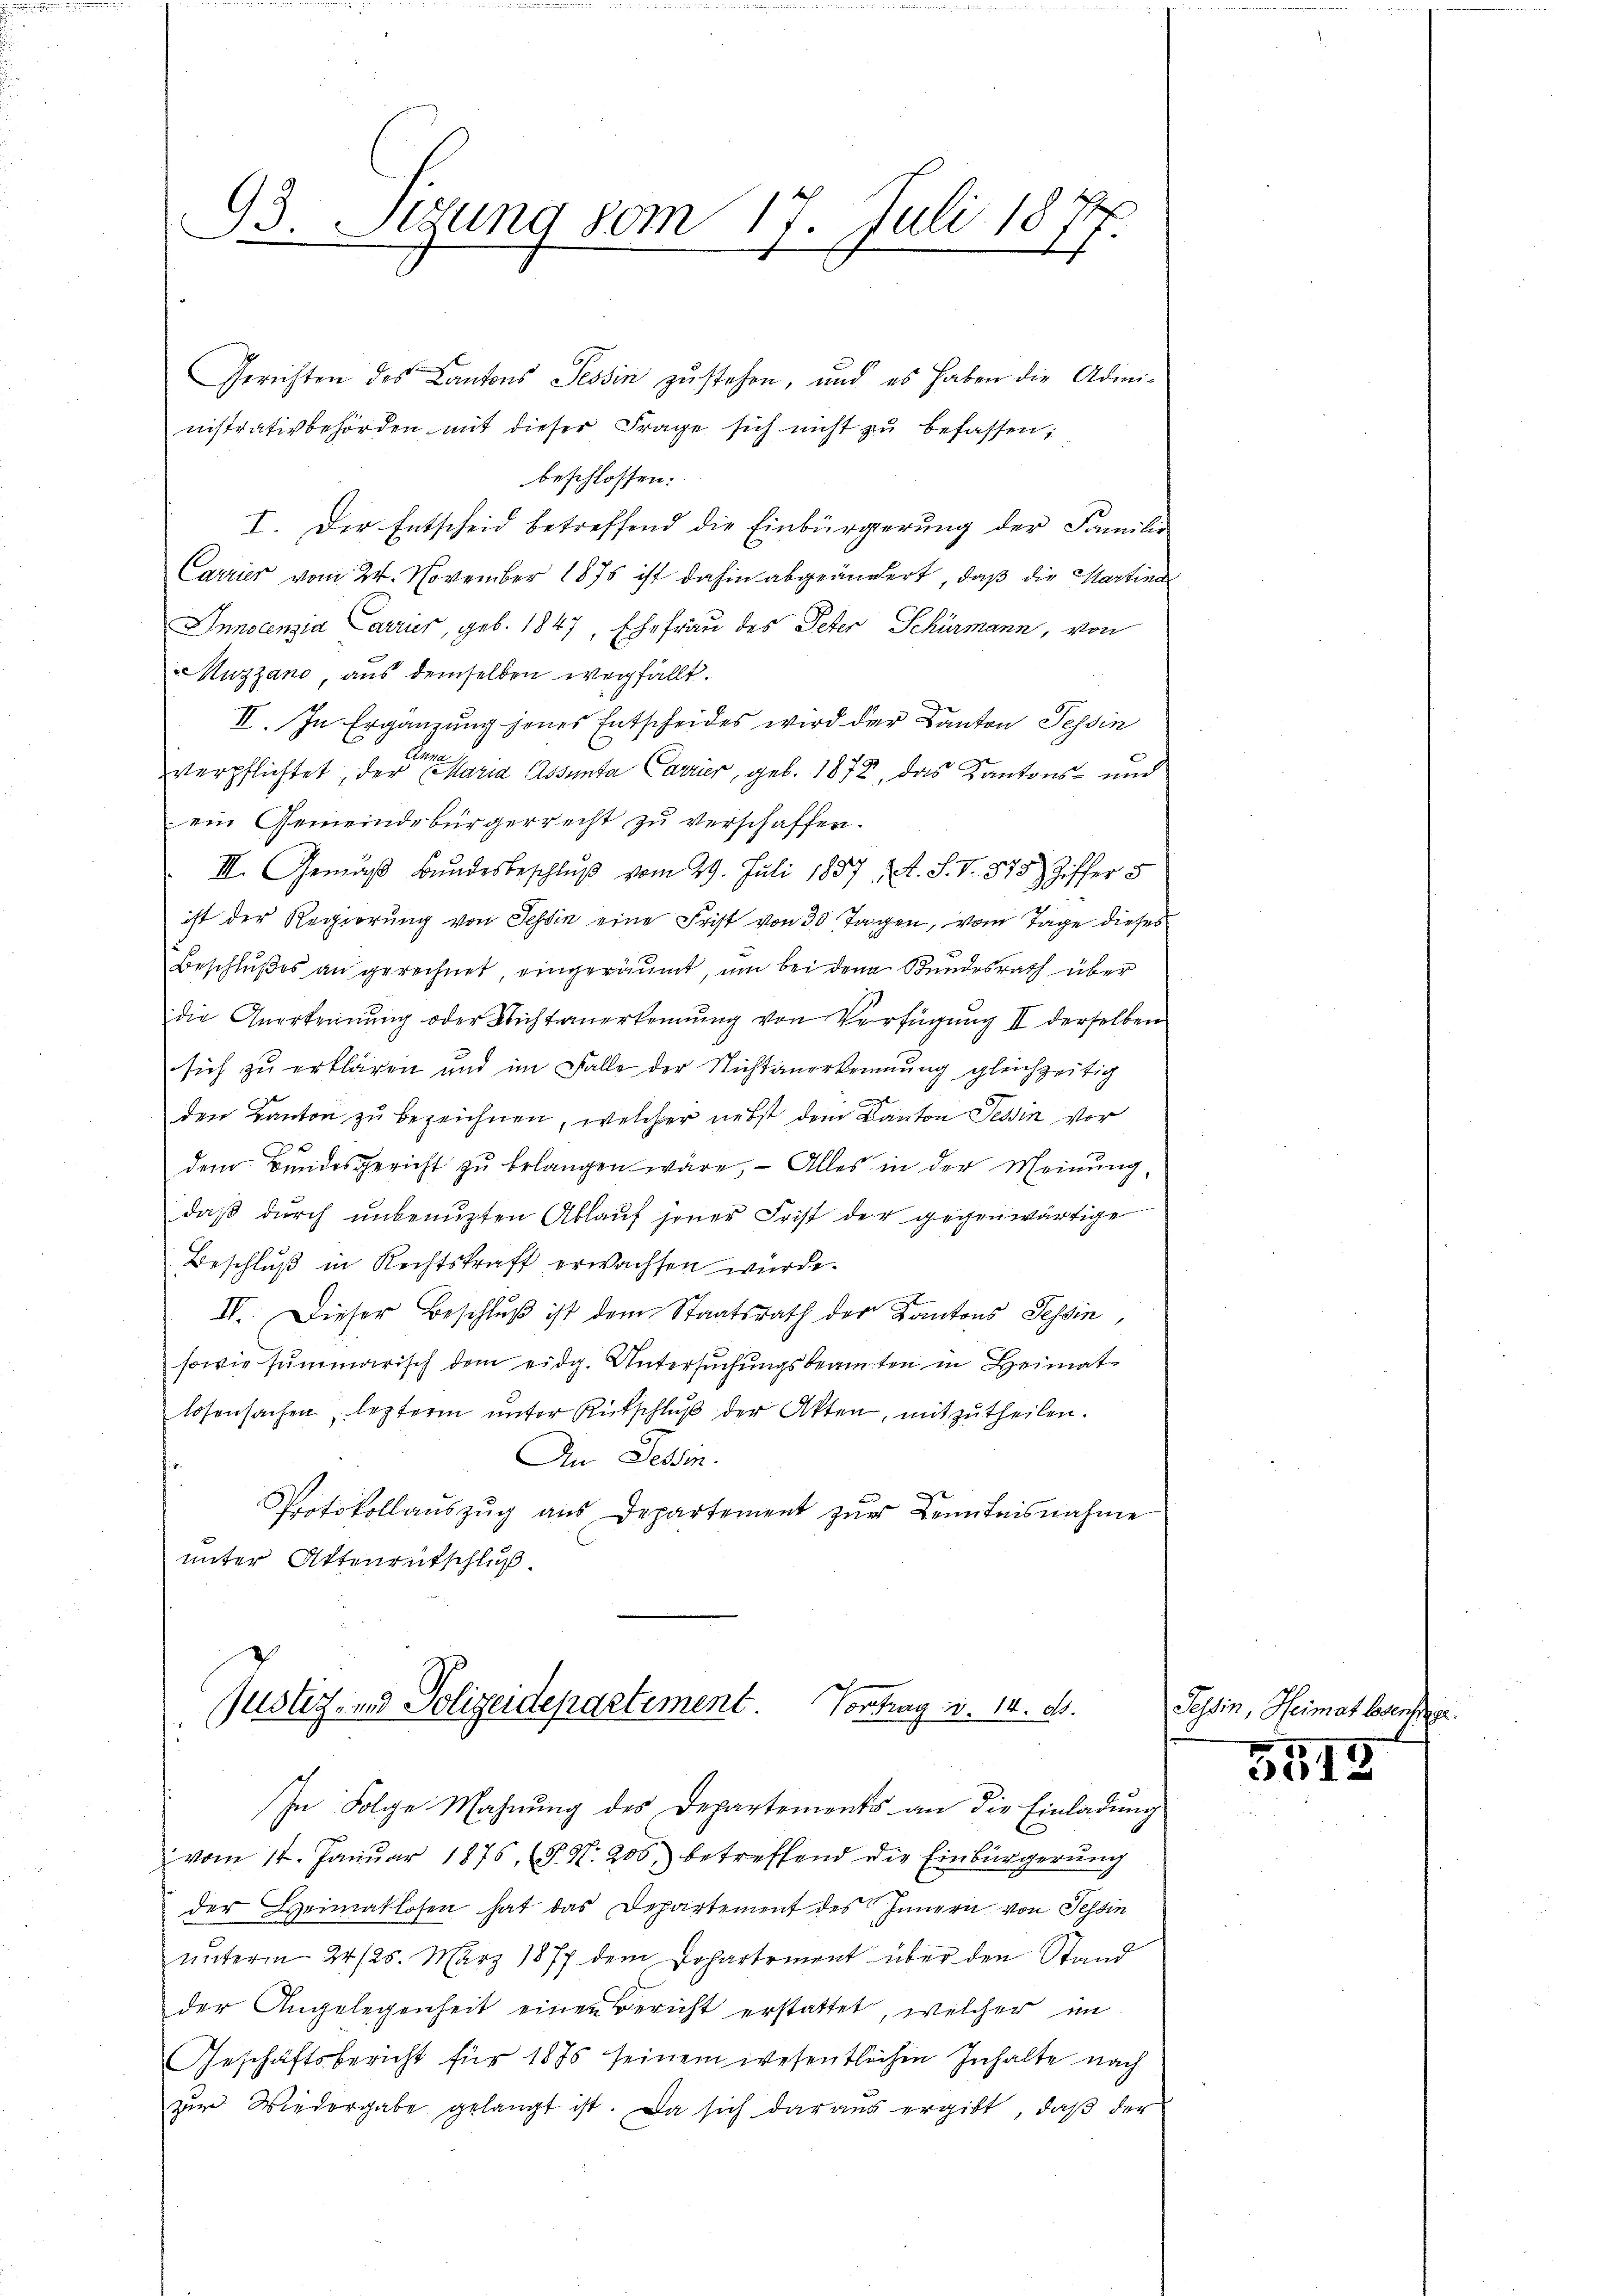
1
93. Sitzung vom 17. Juli 18
t
h

Gerichten des Cantons Tessin zu stehen, und es haben die Administrativbehörden mit dieser Frage sich nicht zŭ befassen;
beschlossen:
I. Der Entscheid betreffend die Einbürgerung der Familie
Carrier vom 24. November 1875 ist dahin abgeändert, daß die Martina
Innocenzia Carrier, geb. 1847, Ehefrau des Peter Schürmann, von
Muzzano, aus demselben wegfällt.
II. In Ergänzung jenes Entscheides wird der Kanton Tessin
Can
verpflichtet, der Maria Absenta Carrier, geb. 1872, das Kantons- und
ein Gemeindebürgerrecht zu verschaffen.
III. Gemäß Bundesbeschluß vom 29. Juli 1837. A. S. V. 875 Ziffer 5
ist der Regierung von Tessin eine Frist von 30 Tagen, vom Tage dieses
Beschlußes an gerechnet, eingeräumt, um bei den Bundesrath über
die Anerkennung oder Nichtanerkennung von Verfügung II derselben
sich zu erklären und im Falle der Nichtanerkennung gleichzeitig
 |
den Kanton zu bezeichnen, welcher nebst dem Kanton Tessin vor
dem Bundesgericht zu belangen wäre, — Alles in der Meinung,
daβ dŭrch unbenuzten Ablauf jener Frist der gegenwärtige
Beschluß in Rechtskraft erwachsen würde.
IV. Dieser Beschluß ist dem Staatsrath der Kantons Tessin,
sowie summarisch dem eidg. Untersuchungsbeamten in Heimatlosensachen, lezterm unter Rutschluß der Akten, mitzutheilen.
An Dessen.
Protokollaŭszŭg ans Departement zŭr Kenntnisnahme
unter Attenrutschluß

Justiz- und Polizeidepartement Vortrag v. 14. d.
In Folge Mahnung des Departements an die Einladung

vom 14. Janŭar 1876 (§. N. 206, betreffend die Einbürgerŭng
der Heimatlosen hat das Departement des Innern von Tessin
unterm 24. 125. März 1877 dem Dohartement über den Stand
der Angelegenheit einen Bericht erstattet, welcher im
Geschäftsbericht für 1875 seinem wesentlichen Inhalte nach
zur Wiedergabe gelangt ist. Da sich daraus ergibt, daß der

Tessin, C

3513

Heimat lesenh